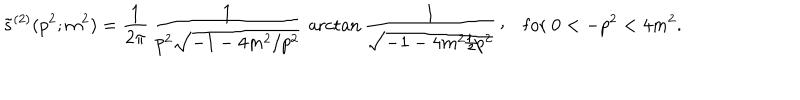
\tilde { s } ^ { ( 2 ) } ( p ^ { 2 } ; m ^ { 2 } ) = { \frac { 1 } { 2 \pi } } \, { \frac { 1 } { p ^ { 2 } \sqrt { - 1 - 4 m ^ { 2 } / p ^ { 2 } } } } \, \operatorname { a r c t a n } { \frac { 1 } { \sqrt { - 1 - 4 m ^ { 2 } / p ^ { 2 } } } } \, \raise 2 p t \mathrm { , } \quad \mathrm { f o r } \ 0 < - p ^ { 2 } < 4 m ^ { 2 } .